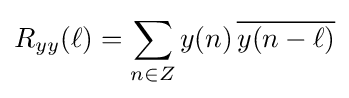
R_{yy}(\ell )=\sum _{n\in Z}y(n)\,{\overline {y(n-\ell )}}